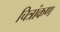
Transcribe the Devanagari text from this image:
चित्रांकण